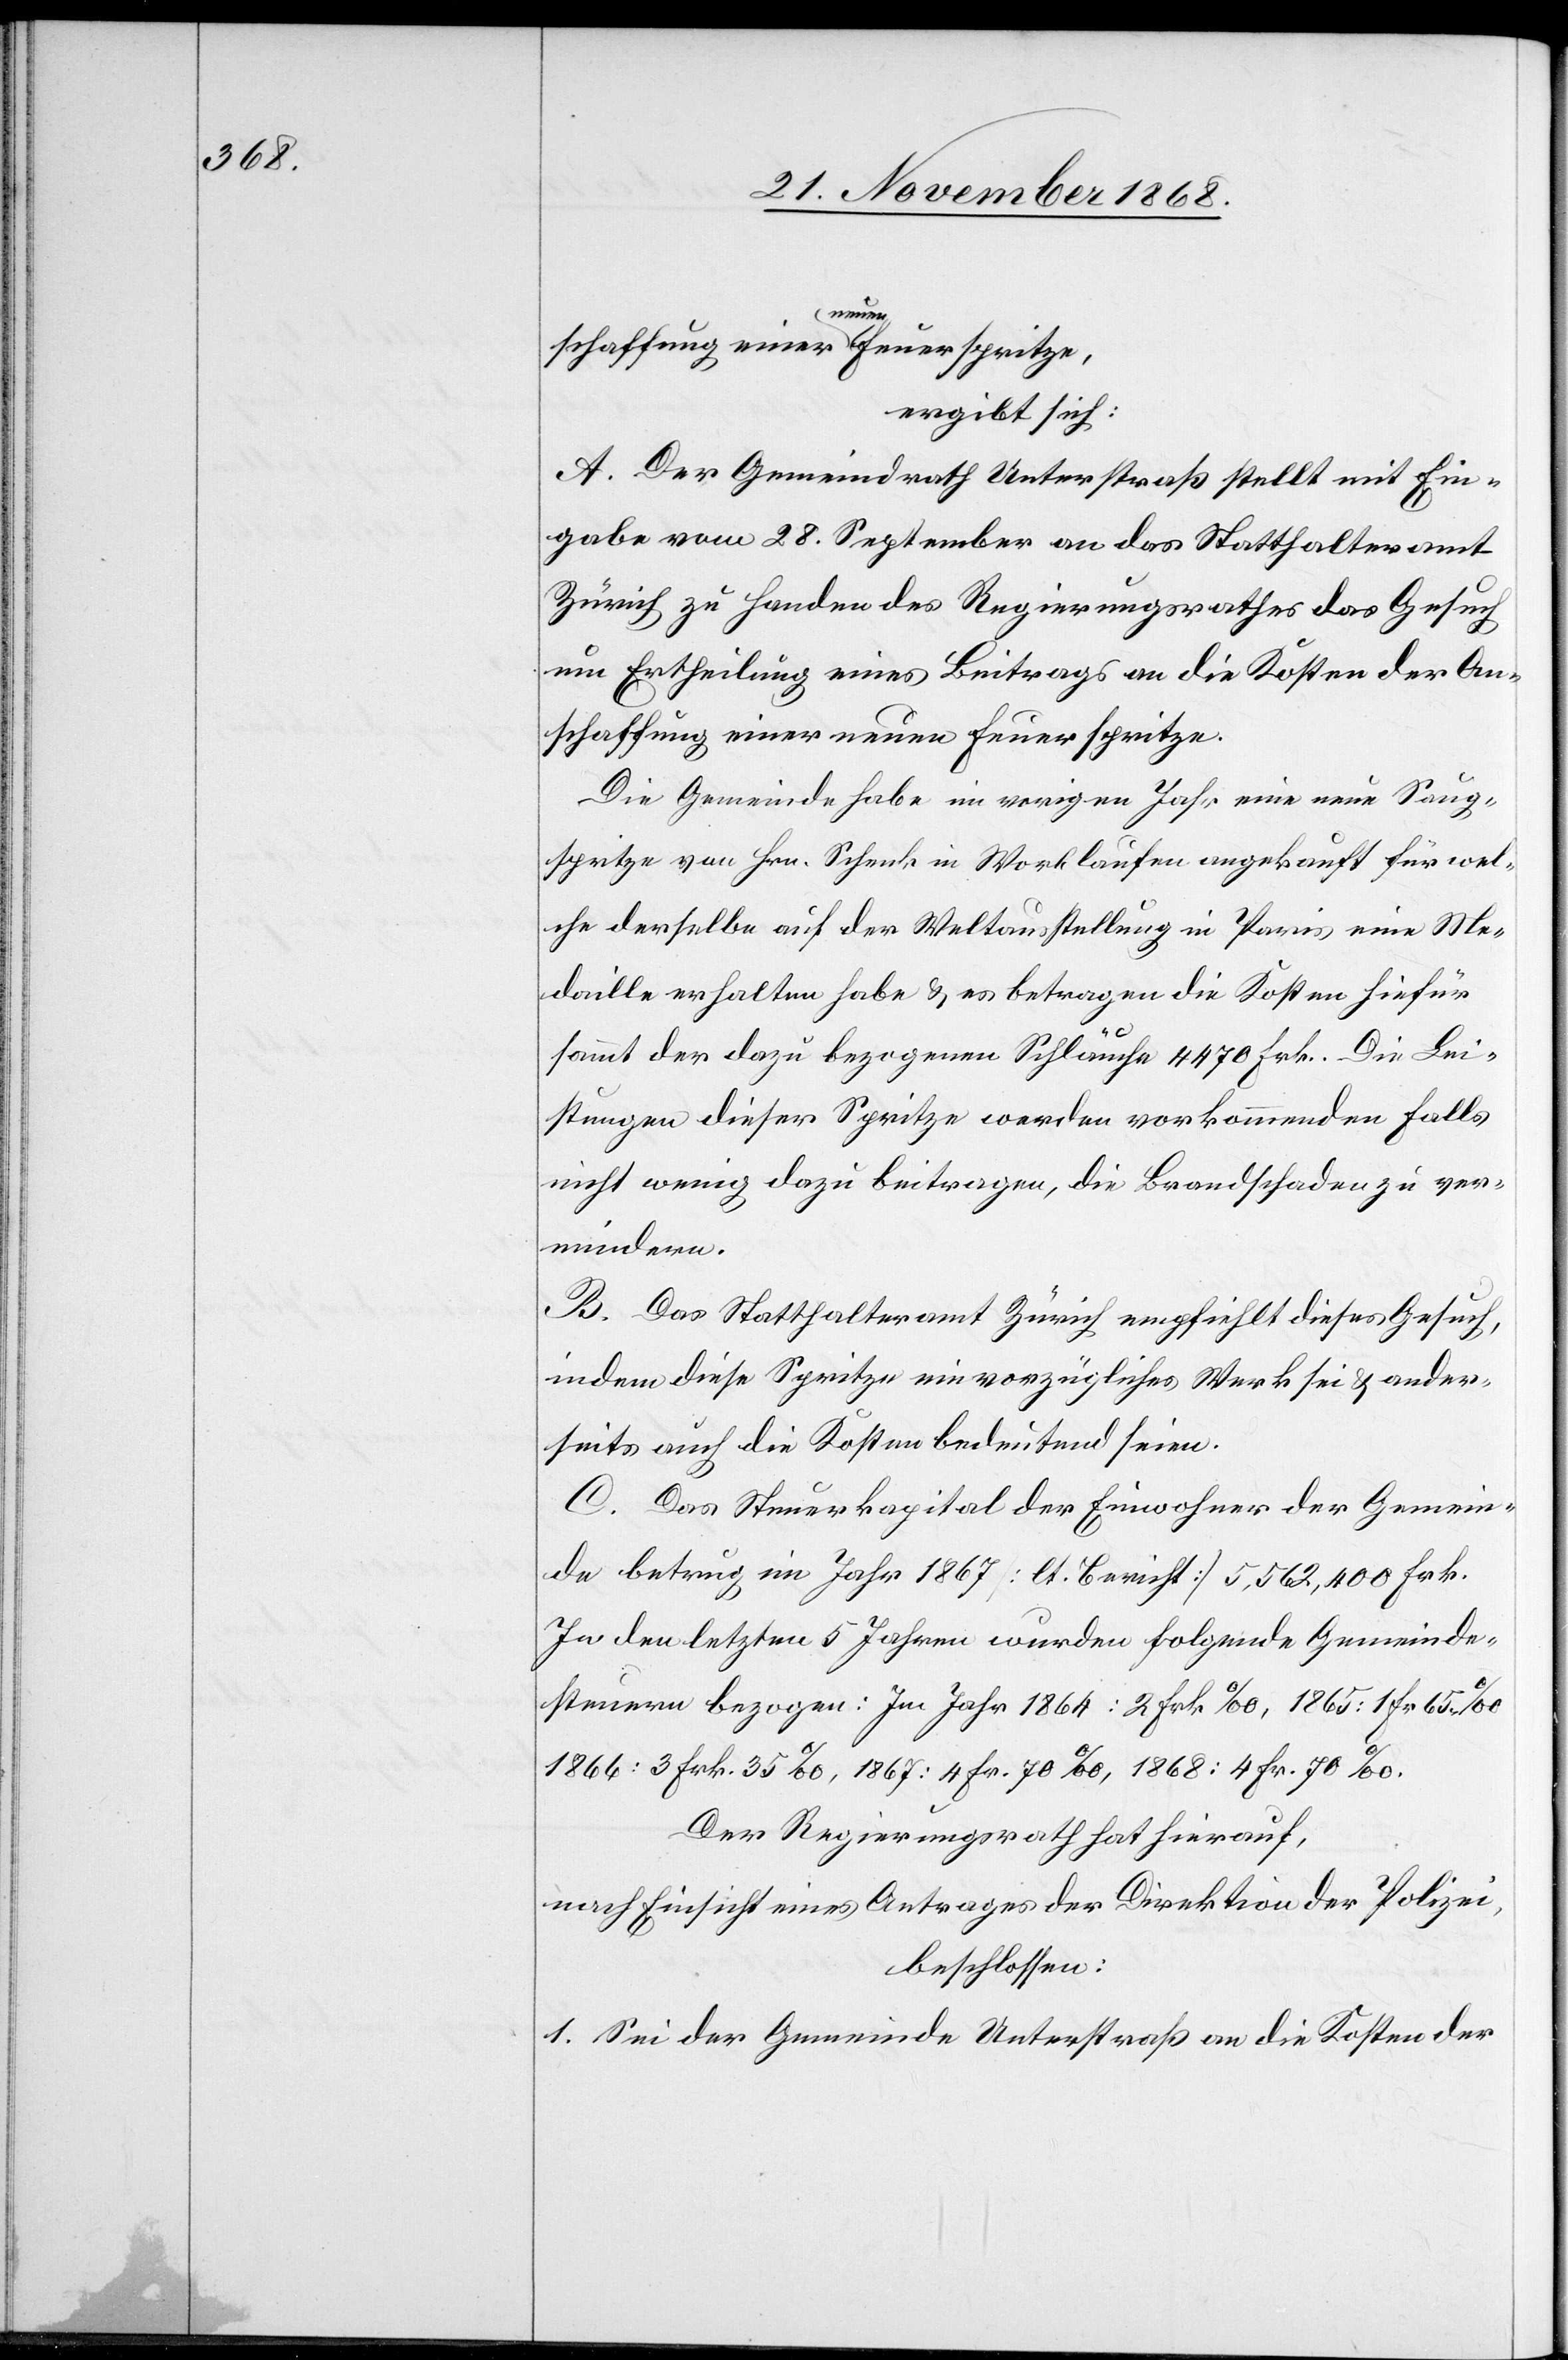
mindern.
ergibt sich:
A. Der Gemeindrath Unterstraß stellt mit Ein¬
gabe vom 28. September an das Statthalteramt
Zürich zu Handen des Regierungsrathes das Gesuch
um Ertheilung eines Beitrags an die Kosten der An¬
schaffung einer neuen Feuerspritze.
Die Gemeinde habe im vorigen Jahr eine neue Saug¬
spritze von Hrn. Schenk in Worblaufen angekauft für wel¬
che derselbe auf der Weltausstellung in Paris eine Me¬
daille erhalten habe & es betragen die Kosten hiefür
sammt der dazu bezogenen Schläuche 4470 Frk. Die Lei¬
stungen dieser Spritze werden vorkommenden Falls
nicht wenig dazu beitragen, die Brandschaden zu ver¬
B. Das Statthalteramt Zürich empfiehlt dieses Gesuch,
indem diese Spritze ein vorzügliches Werk sei & ander¬
seits auch die Kosten bedeutend seien.
C. Das Steuerkapital der Einwohner der Gemein¬
de betrug im Jahr 1867 [lt. Bericht] 5,562,400 Frk.
In den letzten 5 Jahren wurden folgende Gemeinde¬
steuern bezogen: Im Jahr 1864: 2 Frk. ‰, 1865: 1 Fr. 65 ‰
1866: 3 Frk. 35 ‰, 1867: 4 Fr. 70 ‰, 1868: 4 Fr. 70 ‰.
Der Regierungsrath hat hierauf,
nach Einsicht eines Antrages der Direktion der Polizei,
beschlossen:
1. Sei der Gemeinde Unterstraß an die Kosten der